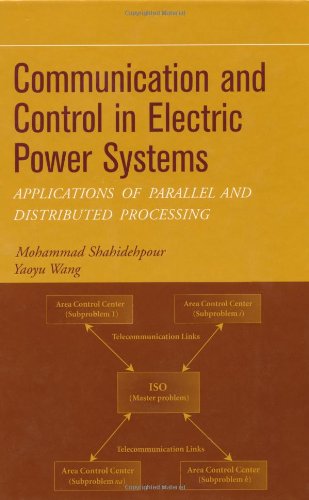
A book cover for Communication and Control in Electric Power Systems: Applications of Parallel and Distributed Processing; Mohammad Shahidehpour; Computers & Technology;